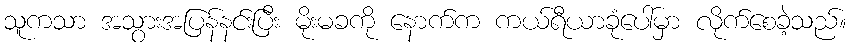
သူကသာ အသွားအပြန်နင်းပြီး မိုးမခကို နောက်က ကယ်ရီယာခုံပေါ်မှာ လိုက်စေခဲ့သည်။